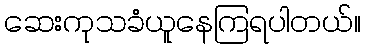
ဆေးကုသခံယူနေကြရပါတယ်။